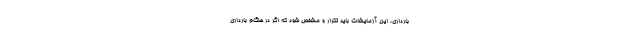
بارداری، این آزمایشات باید تکرار و مشخص شود که اگر در هنگام بارداری